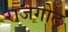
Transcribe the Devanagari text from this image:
राजगोढ़